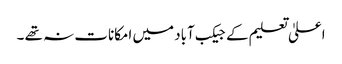
اعلیٰ تعلیم کے جیکب آباد میں امکانات نہ تھے ۔